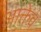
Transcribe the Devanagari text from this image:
आक्तेव